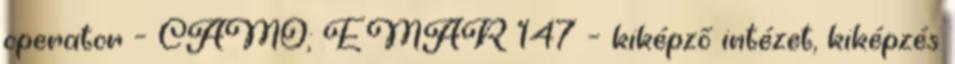
operator – CAMO; EMAR 147 – kiképző intézet, kiképzés